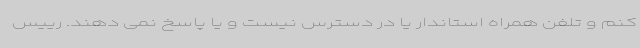
کنم و تلفن همراه استاندار یا در دسترس نیست و یا پاسخ نمی دهند. رییس